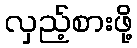
လှည့်စားဖို့